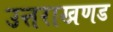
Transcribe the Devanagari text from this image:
उत्तराखणड